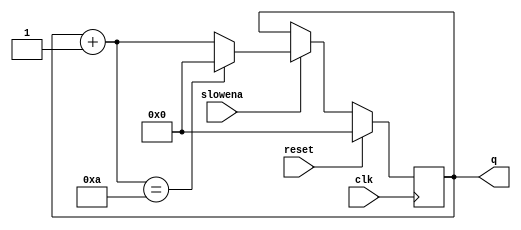
module top_module (
    input clk,
    input slowena,
    input reset,
    output [3:0] q);
	
    always @(posedge clk) begin
        if (slowena) begin
                q = q + 1;

            if (q == 10)
                q = 0;
        end
        
        if (reset)
        	q = 0;
    end
    
endmodule